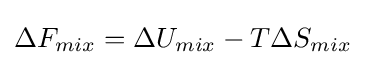
\Delta F_{mix}=\Delta U_{mix}-T\Delta S_{mix}